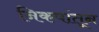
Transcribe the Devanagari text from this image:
निकषांतून